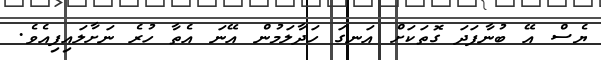
ޔެސް އޭ ބުނާފަދަ ގޮތަކަށް އަނގަ ހަދާލަމުން އޭނަ އެތާ ހުރެ ނަށާލައިފިއެވެ.